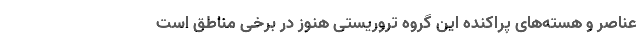
عناصر و هسته‌های پراکنده این گروه تروریستی هنوز در برخی مناطق است